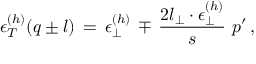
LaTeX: \epsilon _ { T } ^ { ( h ) } ( q \pm l ) \, = \, \epsilon _ { \perp } ^ { ( h ) } \, \mp \, \frac { 2 l _ { \perp } \cdot \epsilon _ { \perp } ^ { ( h ) } } { s } \, \, p ^ { \prime } \, ,